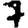
Digit: 7